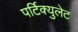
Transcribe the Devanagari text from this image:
पर्टिक्युलेट